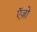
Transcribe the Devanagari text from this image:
ऍज़ो